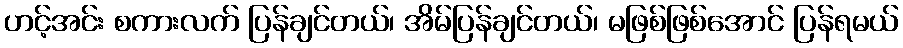
ဟင့်အင်း စကားလက် ပြန်ချင်တယ်၊ အိမ်ပြန်ချင်တယ်၊ မဖြစ်ဖြစ်အောင် ပြန်ရမယ်